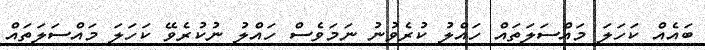
ބައެއް ކަހަލަ މައްސަލަތައް ހައްލު ކުރެވުނު ނަމަވެސް ހައްލު ނުކުރެވޭ ކަހަލަ މައްސަލަތައް